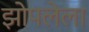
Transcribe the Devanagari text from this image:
झोपलेला